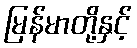
မြန်မာတို့နှင့်